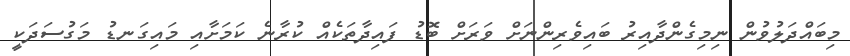
މިބައްދަލުވުން ނިމިގެންދާއިރު ބައިވެރިންނަށް ވަރަށް ބޮޑު ފައިދާތަކެއް ކުރާނެ ކަމަށާއި މައިގަނޑު މަގުސަދަކީ